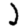
Digit: 2